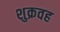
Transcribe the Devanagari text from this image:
शुक्रवह